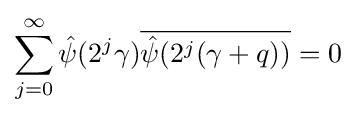
\sum _{j=0}^{\infty }{\hat {\psi }}(2^{j}\gamma ){\overline {{\hat {\psi }}(2^{j}(\gamma +q))}}=0